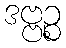
ဒဗ္ဗဉ္စ